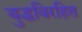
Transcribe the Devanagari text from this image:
युद्धविरहित